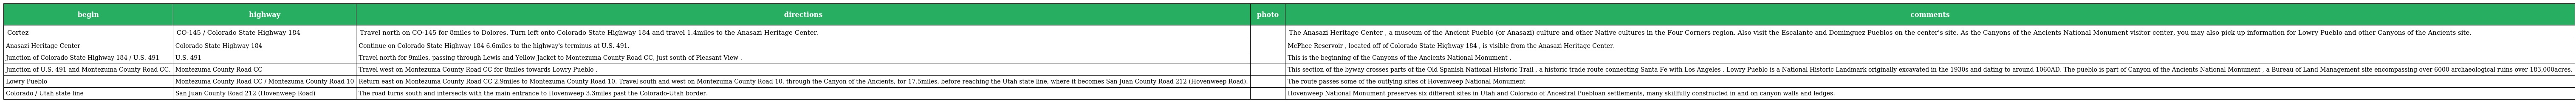
| begin | highway | directions | photo | comments |
 | --- | --- | --- | --- | --- |
 | Cortez | CO-145 / Colorado State Highway 184 | Travel north on CO-145 for 8miles to Dolores. Turn left onto Colorado State Highway 184 and travel 1.4miles to the Anasazi Heritage Center. |  | The Anasazi Heritage Center , a museum of the Ancient Pueblo (or Anasazi) culture and other Native cultures in the Four Corners region. Also visit the Escalante and Dominguez Pueblos on the center's site. As the Canyons of the Ancients National Monument visitor center, you may also pick up information for Lowry Pueblo and other Canyons of the Ancients site. |
 | Anasazi Heritage Center | Colorado State Highway 184 | Continue on Colorado State Highway 184 6.6miles to the highway's terminus at U.S. 491. |  | McPhee Reservoir , located off of Colorado State Highway 184 , is visible from the Anasazi Heritage Center. |
 | Junction of Colorado State Highway 184 / U.S. 491 | U.S. 491 | Travel north for 9miles, passing through Lewis and Yellow Jacket to Montezuma County Road CC, just south of Pleasant View . |  | This is the beginning of the Canyons of the Ancients National Monument . |
 | Junction of U.S. 491 and Montezuma County Road CC. | Montezuma County Road CC | Travel west on Montezuma County Road CC for 8miles towards Lowry Pueblo . |  | This section of the byway crosses parts of the Old Spanish National Historic Trail , a historic trade route connecting Santa Fe with Los Angeles . Lowry Pueblo is a National Historic Landmark originally excavated in the 1930s and dating to around 1060AD. The pueblo is part of Canyon of the Ancients National Monument , a Bureau of Land Management site encompassing over 6000 archaeological ruins over 183,000acres. |
 | Lowry Pueblo | Montezuma County Road CC / Montezuma County Road 10 | Return east on Montezuma County Road CC 2.9miles to Montezuma County Road 10. Travel south and west on Montezuma County Road 10, through the Canyon of the Ancients, for 17.5miles, before reaching the Utah state line, where it becomes San Juan County Road 212 (Hovenweep Road). |  | The route passes some of the outlying sites of Hovenweep National Monument |
 | Colorado / Utah state line | San Juan County Road 212 (Hovenweep Road) | The road turns south and intersects with the main entrance to Hovenweep 3.3miles past the Colorado-Utah border. |  | Hovenweep National Monument preserves six different sites in Utah and Colorado of Ancestral Puebloan settlements, many skillfully constructed in and on canyon walls and ledges. |